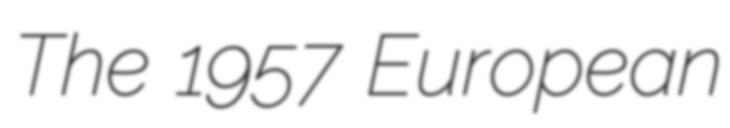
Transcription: The 1957 European